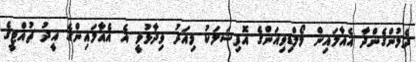
ދެމުންގެންދާ އެއާލައިން މޯލްޑިވިއަންގެ އޮފިޝަލަކު މިއަދު ވިދާޅުވީ އެ އެއާލައިންގެ އީދު ޗުއްޓީގެ